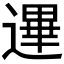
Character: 𰻐